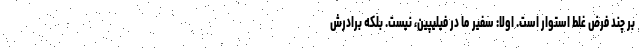
بر چند فرض غلط استوار است. اولا: سفیر ما در فیلیپین، نیست. بلکه برادرش